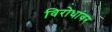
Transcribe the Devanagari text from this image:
विरोधांवर